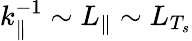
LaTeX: k_{\parallel}^{-1}\sim L_{\parallel}\sim L_{T_{s}}